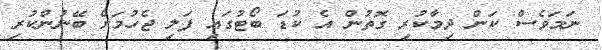
ނަމަވެސް ކަން ދިމާކުރި ގޮތުން އެ ކުޑަ ބޯޓުގައި ފަލި ޖެހުމަށް ބޭނުންކުރި